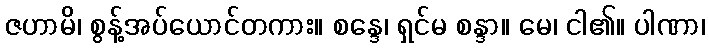
ဇဟာမိ၊ စွန့်အပ်ယောင်တကား။ စန္ဒေ၊ ရှင်မ စန္ဒာ။ မေ၊ ငါ၏။ ပါဏာ၊